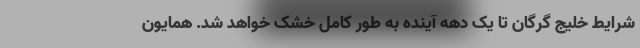
شرایط خلیج گرگان تا یک دهه آینده به طور کامل خشک خواهد شد. همایون